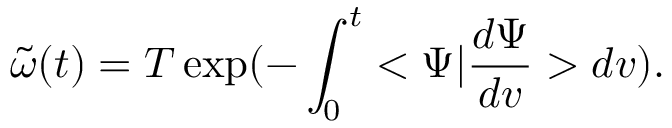
{ \tilde { \omega } } ( t ) = T \exp ( { - \int _ { 0 } ^ { t } < \Psi | { \frac { d \Psi } { d v } } > d v } ) .